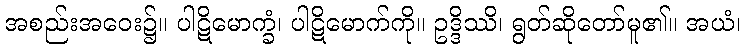
အစည်းအဝေး၌။ ပါဋိမောက္ခံ၊ ပါဋိမောက်ကို။ ဥဒ္ဒိဿိ၊ ရွတ်ဆိုတော်မူ၏။ အယံ၊